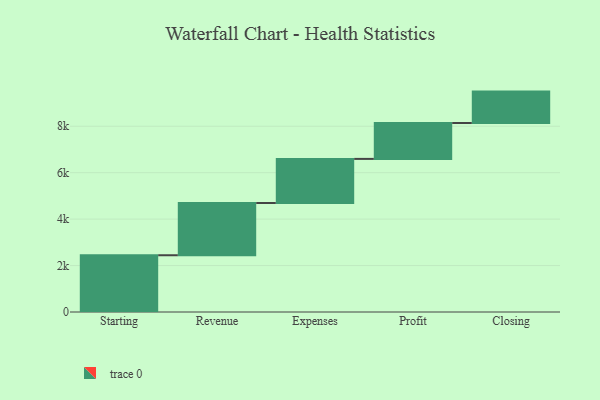
{"axis": {"x": "Step", "y": "Value"}, "legend": [""], "data": [{"x": "Starting", "y": 2444.0, "type": ""}, {"x": "Revenue", "y": 2249.0, "type": ""}, {"x": "Expenses", "y": 1900.0, "type": ""}, {"x": "Profit", "y": 1546.0, "type": ""}, {"x": "Closing", "y": 1352.0, "type": ""}]}